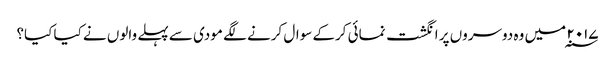
۲۰۱۷ ؁ میں وہ دوسروں پر انگشت نمائی کرکے سوال کرنے لگے مودی سے پہلے والوں نے کیا کیا؟